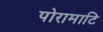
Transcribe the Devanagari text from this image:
पोरामाटि